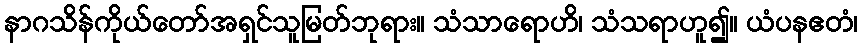
နာဂသိန်ကိုယ်တော်အရှင်သူမြတ်ဘုရား။ သံသာရောဟိ၊ သံသရာဟူ၍။ ယံပနဧတံ၊